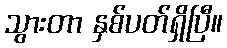
သွားတာ နှစ်ပတ်ရှိပြီ။